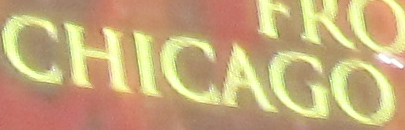
CHICAGO